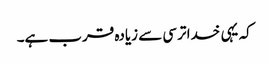
کہ یہی خدا ترسی سے زیادہ قرب ہے۔